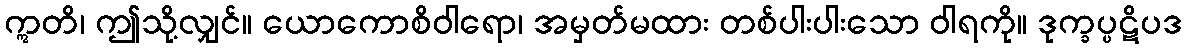
ဣတိ၊ ဤသို့လျှင်။ ယောကောစိဝါရော၊ အမှတ်မထား တစ်ပါးပါးသော ဝါရကို။ ဒုက္ခပ္ပဋိပဒ